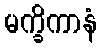
မက္ခိကာနံ